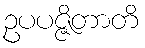
ဥပပဇ္ဇိတာတိ